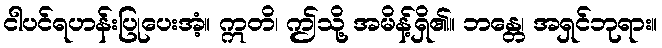
ငါပင်ရဟန်းပြုပေးအံ့။ ဣတိ၊ ဤသို့ အမိန့်ရှိ၏။ ဘန္တေ၊ အရှင်ဘုရား။